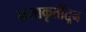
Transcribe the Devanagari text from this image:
कलाकृतींतून